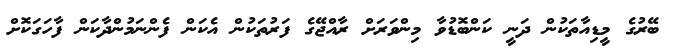
ބޭރުގެ މީޑިއާތަކުން ދަނީ ކަންބޮޑުވާ މިންވަރަށް ރާއްޖޭގެ ފަރުތަކުން އެކަން ފެންނަމުންދާކަން ފާހަގަކޮށް